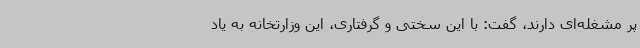
پر مشغله‌ای دارند، گفت: با این سختی و گرفتاری، این وزارتخانه به یاد